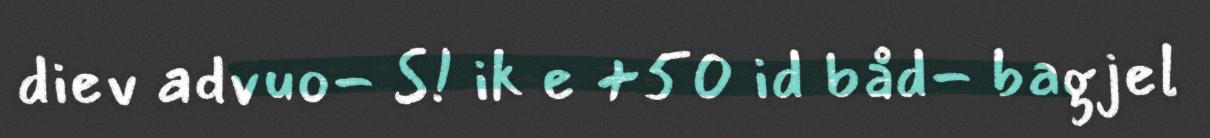
diev advuo- S! ik e +50 id båd- bagjel